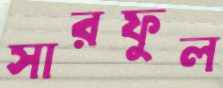
সারফুল